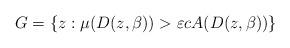
LaTeX: \begin{align*} G = \{z : \mu(D(z,\beta)) > \varepsilon c A(D(z,\beta))\}\end{align*}